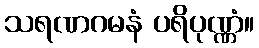
သရဏဂမနံ ပရိပုဏ္ဏံ။